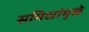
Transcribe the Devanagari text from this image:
समिधांमुळे